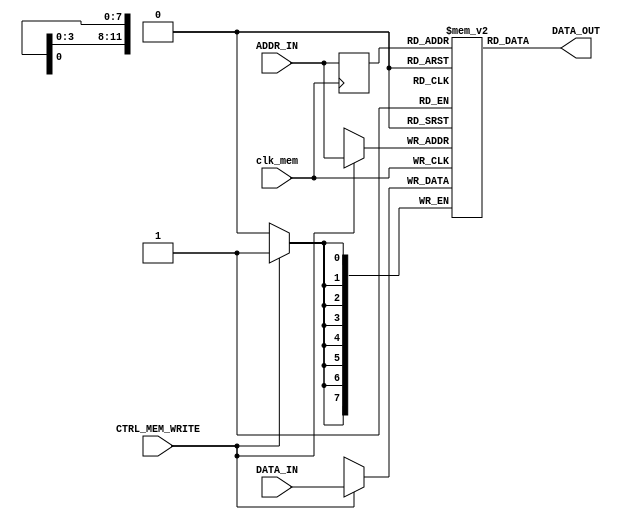
// Quartus II Verilog Template
// Single port RAM with single read/write ADDR_INess

module STACK_MEMORY
#(parameter DATA_WIDTH_MEM=8, parameter ADDR_WIDTH_MEM=12)
(
	input [(DATA_WIDTH_MEM-1):0] DATA_IN,
	input [(ADDR_WIDTH_MEM-1):0] ADDR_IN,
	input CTRL_MEM_WRITE, clk_mem,
	output wire [(DATA_WIDTH_MEM-1):0] DATA_OUT
);

	// Declare the RAM variable
	reg [DATA_WIDTH_MEM-1:0] ram[2**ADDR_WIDTH_MEM-1:0];

	// Variable to hold the registered read ADDR_INess
	reg [ADDR_WIDTH_MEM-1:0] ADDR_IN_reg;

	always @ (posedge clk_mem)
	begin
		// Write
		if (CTRL_MEM_WRITE)
			ram[ADDR_IN] <= DATA_IN;

		ADDR_IN_reg <= ADDR_IN;
	end

	// Continuous assignment implies read returns NEW DATA_IN.
	// This is the natural behavior of the TriMatrix memory
	// blocks in Single Port mode.
	assign DATA_OUT = ram[ADDR_IN_reg];

endmodule